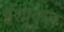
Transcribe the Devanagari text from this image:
ईशांकृत